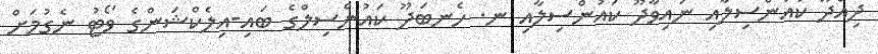
ދިއްދޫ ކައުންސިލާއި ނައިވާދޫ ކައުންސިލާއި ނ. ހެނބަދޫ ކައުންސިލްގެ ބައި-އިލެކްޝަންގެ ވޯޓު ނެގުމަށް